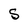
Character: S